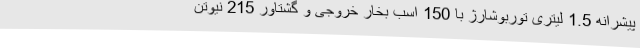
پیشرانه 1.5 لیتری توربوشارژ با 150 اسب بخار خروجی و گشتاور 215 نیوتن